Medical and sanitary report on the native army of Bombay for the year
Year: 1877
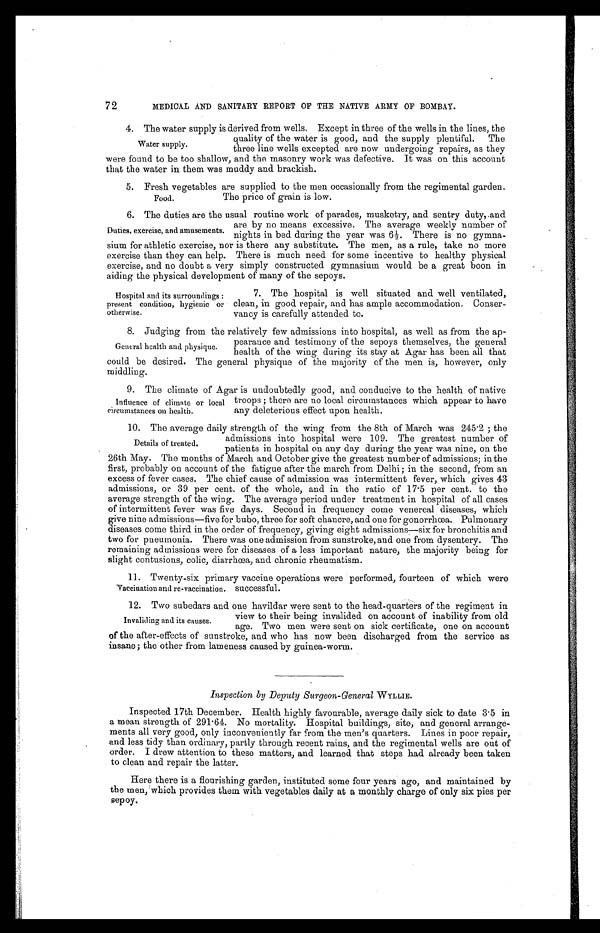
72
MEDICAL AND SANITARY REPORT OF THE NATIVE ARMY OF BOMBAY.
4. The water supply is derived from wells. Except in three of the wells in the lines, the
quality of the water is good, and the supply plentiful. The
three line wells excepted are now undergoing repairs, as they
were found to be too shallow, and the masonry work was defective. It was on this account
that the water in them was muddy and brackish.
5. Fresh vegetables are supplied to the men occasionally from the regimental garden.
The price of grain is low.
6. The duties are the usual routine work of parades, musketry, and sentry duty, and
are by no means excessive. The average weekly number of
nights in bed during the year was 6½. There is no gymna
- s i u m f o r a t h l e t i c e x e r c i s e , n o r i s t h e r e a n y s u b s t i t u t e . T h e m e n , a s a r u l e , t a k e n o m o r e
exercise than they can help. There is much need for some incentive to healthy physical
exercise, and no doubt a very simply constructed gymnasium would be a great boon in
aiding the physical development of many of the sepoys.
Water supply.
Food.
Duties, exercise, and amusements.
Hospital and its surroundings:
present condition, hygienic or
otherwise.
7. The hospital is well situated and well ventilated,
clean, in good repair, and has ample accommodation. Conser
- v a n c y i s c a r e f u l l y a t t e n d e d t o .
8. Judging from the relatively few admissions into hospital, as well as from the ap
-
pearance and testimony of the sepoys themselves, the general
health of the wing during its stay at Agar has been all that
could be desired. The general physique of the majority of the men is, however, only
middling.
9 . T h e c l i m a t e o f A g a r i s u n d o u b t e d l y g o o d , a n d c o n d u c i v e t o t h e h e a l t h o f n a t i v e
troops; there are no local circumstances which appear to have
any deleterious effect upon health.
10. The average daily strength of the wing from the 8th of March was 245.2; the
admissions into hospital were 109. The greatest number of
patients in hospital on any day during the year was nine, on the
26th May. The months of March and October give the greatest number of admissions; in the
first, probably on account of the fatigue after the march from Delhi; in the second, from an
excess of fever cases. The chief cause of admission was intermittent fever, which gives 43
admissions, or 39 per cent. of the whole, and in the ratio of 17.5 per cent. to the
average strength of the wing. The average period under treatment in hospital of all cases
of intermittent fever was five days. Second in frequency come venereal diseases, which
give nine admissions—five for bubo, three for soft chancre, and one for gonorrhœa. Pulmonary
diseases come third in the order of frequency, giving eight admissions—six for bronchitis and
two for pneumonia. There was one admission from sunstroke, and one from dysentery. The
remaining admissions were for diseases of a less important nature, the majority being for
slight contusions, colic, diarrhœa, and chronic rheumatism.
11. Twenty-six Primary vaccine operations were performed, fourteen of which were
successful.
12. Two subedars and one havildar were sent to the head-quarters of the regiment in
view to their being invalided on account of inability from old
age. Two men were sent on sick certificate, one on account
of the after-effects of sunstroke, and who has now been discharged from the service as
insane; the other from lameness caused by guinea-worm.
I n s p e c t i o n b y D e p u t y S u r g e o n - G e n e r a l W Y L L I E .
Inspected 17th December. Health highly favourable, average daily sick to date 3.5 in
a mean strength of 291.64. No mortality. Hospital buildings, site, and general arrange
-ments all very good, only inconveniently far from the men's quarters. Lines in poor repair,
and less tidy than ordinary, partly through recent rains, and the regimental wells are out of
order. I drew attention to these matters, and learned that steps had already been taken
to clean and repair the latter.
Here there is a flourishing garden, instituted some four years ago, and maintained by
the men, which provides them with vegetables daily at a monthly charge of only six pies per
sepoy.
General health and physique.
Influence of climate or local
circumstances on health.
Details of treated.
Vaccination and re-vaccination.
Invaliding and its causes.